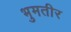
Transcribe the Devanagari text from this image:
भुमतीर